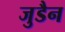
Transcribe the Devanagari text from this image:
जुडैन